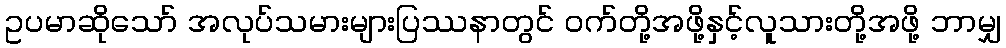
ဥပမာဆိုသော် အလုပ်သမားများပြဿနာတွင် ဝက်တို့အဖို့နှင့်လူသားတို့အဖို့ ဘာမျှ